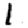
Digit: 1